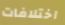
اختلافات